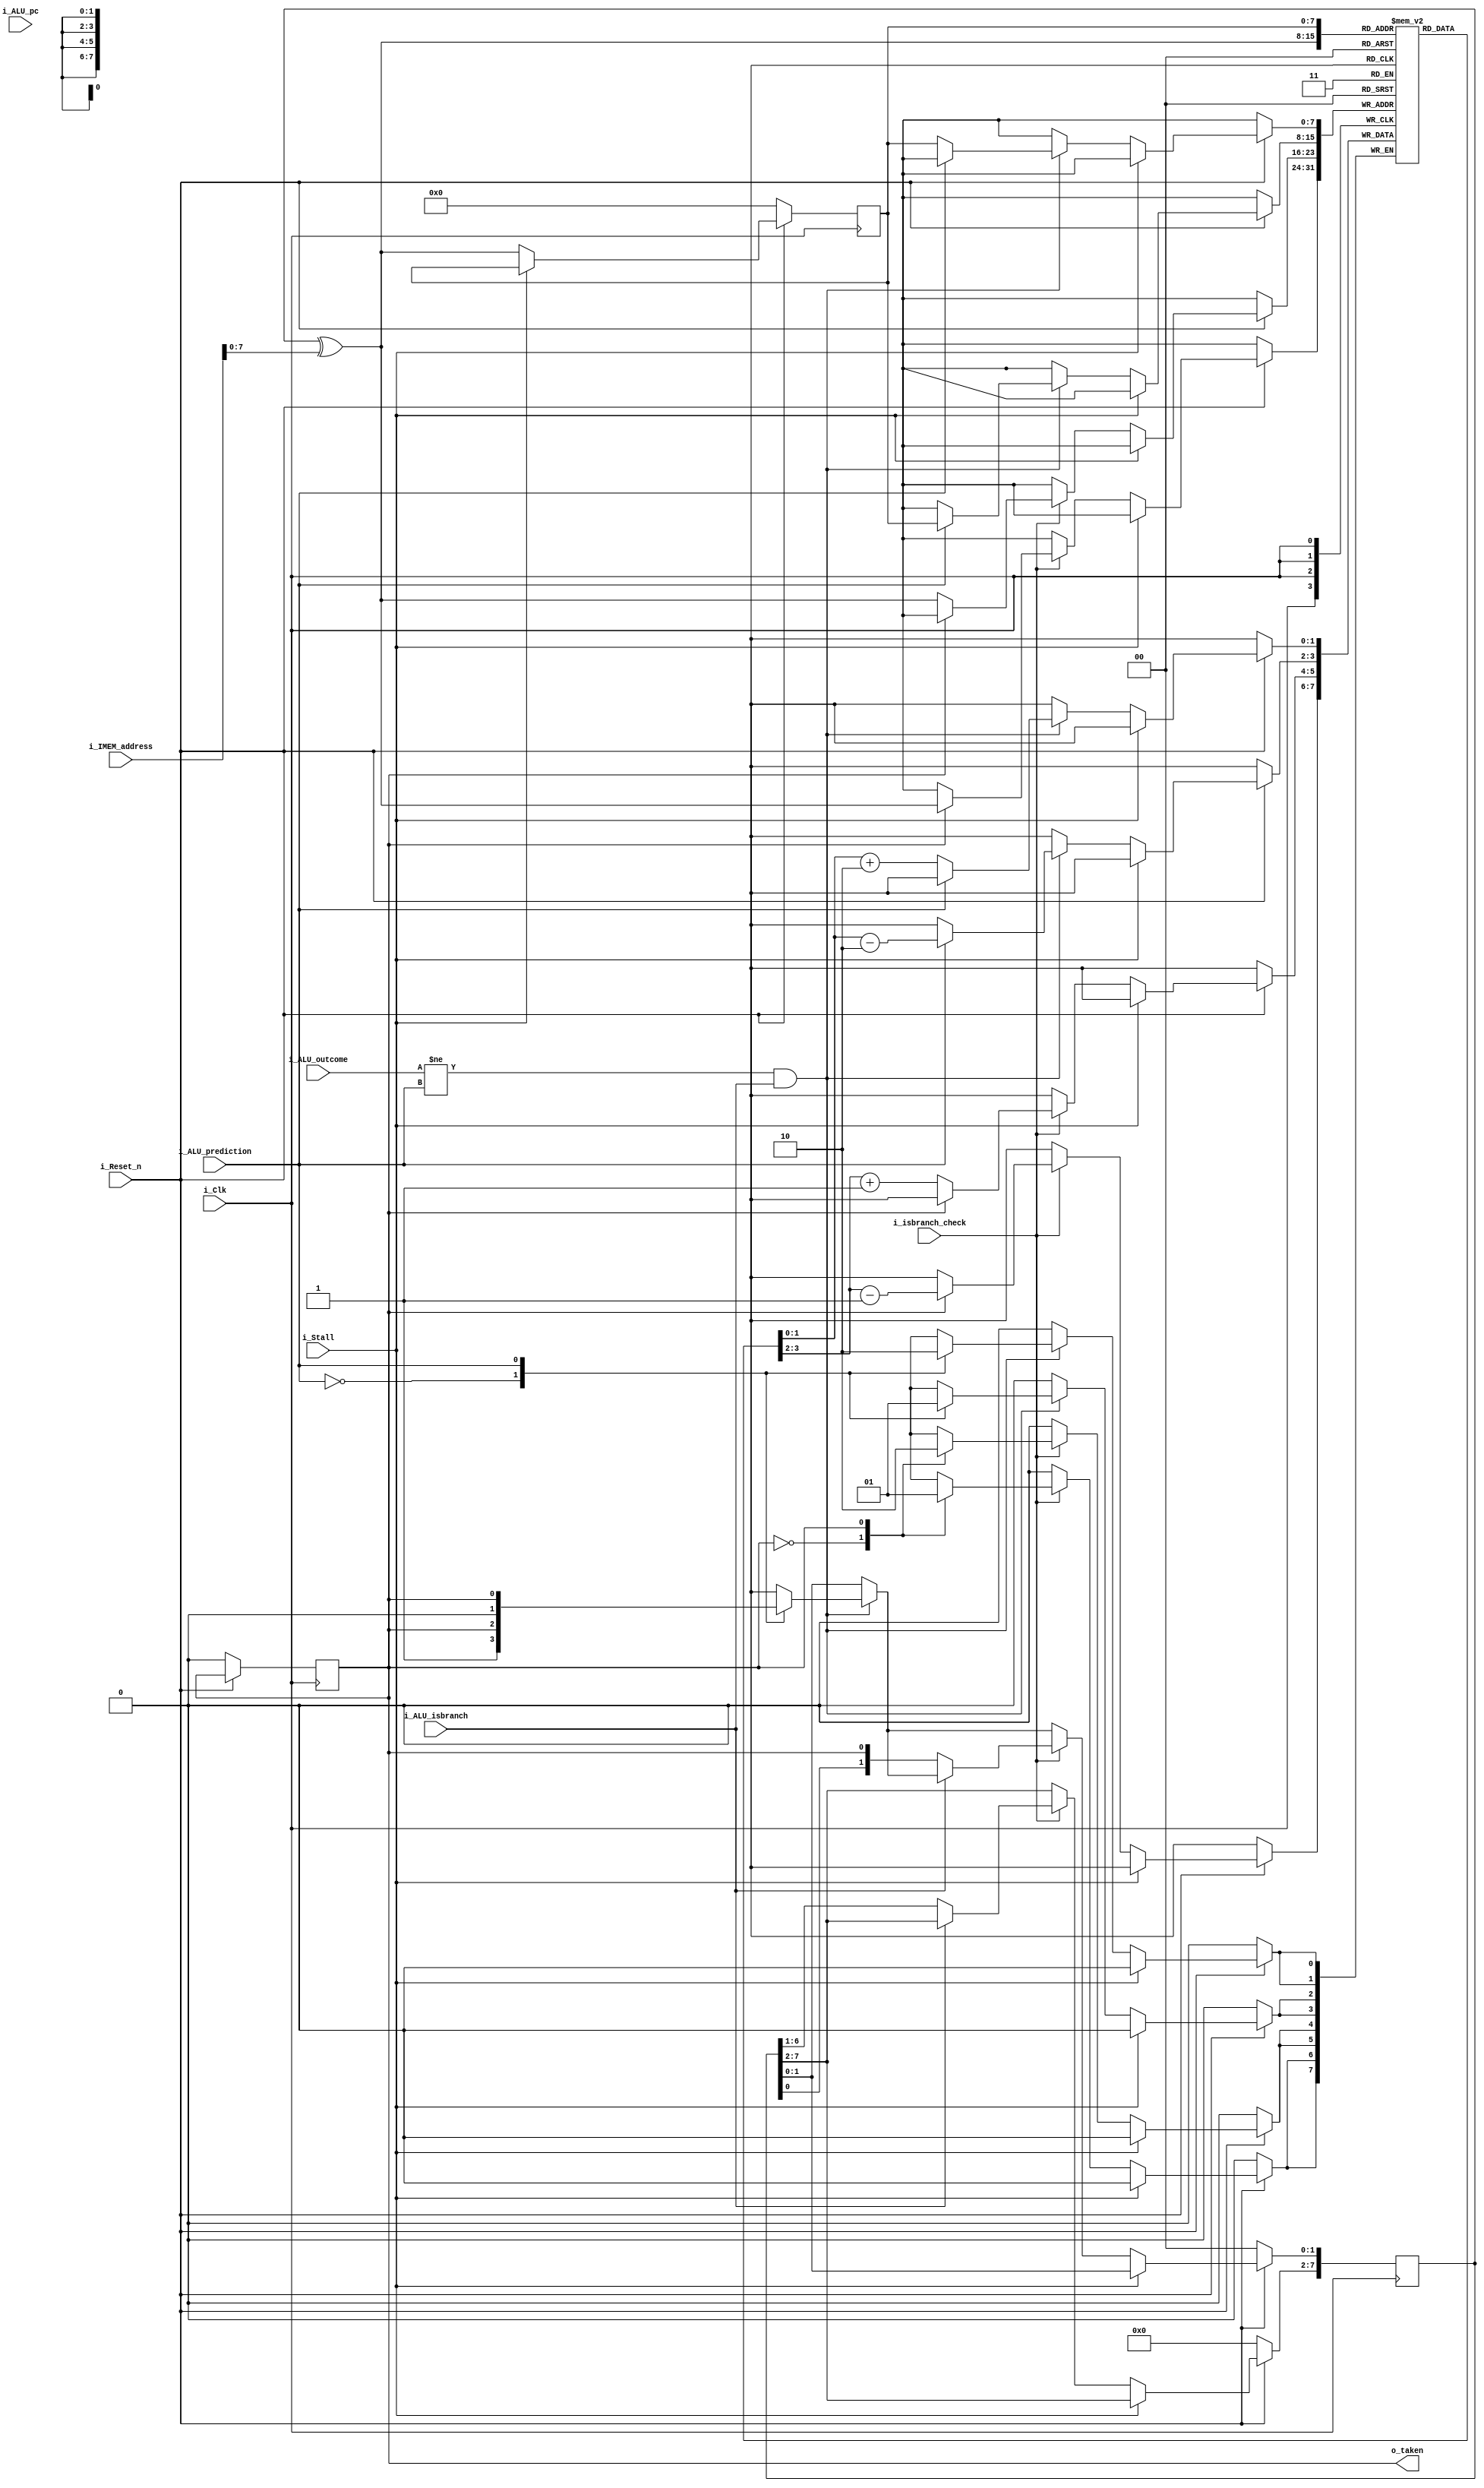
module branch_predictor#(
					parameter DATA_WIDTH = 32,
					parameter ADDRESS_WIDTH = 22,
					parameter GHR_SIZE = 8
				)
				(
					////Inputs from current stage
					input i_Clk,
					input [ADDRESS_WIDTH-1:0] i_IMEM_address,	//address in memory (for hash)

					////Inputs from ALU stage
					input i_isbranch_check,					//don't want to update tables for a non-branch
					input i_ALU_outcome,					//1 if taken 0 not taken (from ALU computation)
					input [ADDRESS_WIDTH-1:0] i_ALU_pc,			//pc from branch in ALU stage
					input i_ALU_isbranch,					//if inst in ALU stage is a branch
					input i_ALU_prediction,					//prediction for branch in ALU

					input i_Reset_n,
					input i_Stall,

					output reg o_taken						//prediction
				);

//-----Branch history table-----
reg [1:0] branch_history[0:(2**GHR_SIZE)-1];				//hash table for branch histories - 7 indexing bits

//-----GSHARE-----
reg [GHR_SIZE-1:0] GHR;										//shift register
wire [GHR_SIZE-1:0] gshare_index;
wire [1:0] gshare_counter;									//base bimodal counter
wire [1:0] GHR_index;
reg [GHR_SIZE-1:0] GHR_saved;								//holds GHR from last prediction
assign gshare_index = GHR[GHR_SIZE-1:0] ^ i_IMEM_address[GHR_SIZE-1:0];
assign gshare_counter = branch_history[gshare_index];		//holds bit that was shifted out, in case prediction was wrong

integer i;	//for loops

initial begin
	for(i=0; i<2**GHR_SIZE; i = i+1) begin
		branch_history[i] <= 2;
	end
	GHR <= 8'b11111111;
end

always @(posedge i_Clk)
begin
	if( !i_Reset_n )
	begin
		GHR <= 0;
		GHR_saved <= 0;
		o_taken <= 0;
	end
	else
	begin
		if(!i_Stall)
		begin
			//next save GHR XOR addr for indexing
			GHR_saved <= gshare_index;

			//then reconcile branch from 2 cycles ago
			if((i_ALU_outcome != i_ALU_prediction) && i_ALU_isbranch)
			begin
				case(i_ALU_prediction)
					0:
					begin
						branch_history[GHR_saved] <= branch_history[GHR_saved] + 2;		//+2 to compensate for incorrect -1
						GHR[1:0] <= {1'b1, gshare_counter[1]};								//shift in corrected old guess and current prediction
						end
					1:
					begin
						branch_history[GHR_saved] <= branch_history[GHR_saved] - 2;		//-2 to compensate for incorrect +1
						GHR[1:0] <= {1'b0, gshare_counter[1]};								//shift in corrected old guess and current prediction
					end
				endcase
			end

			if(i_isbranch_check)
			begin

				if(!i_ALU_isbranch)
				begin
					GHR <= {GHR[GHR_SIZE-2:0], gshare_counter[1]};							//shift in prediction
				end

				//update bimodal counter to reflect current branch
				case(gshare_counter[1])
					0:
					begin
							branch_history[gshare_index] <= branch_history[gshare_index] + 1;
					end
					1:
					begin
							branch_history[gshare_index] <= branch_history[gshare_index] - 1;
					end
				endcase
			end
		end
	end
end

//Drive output prediction
always@(*)
begin

		//first predict current branch
		o_taken = gshare_counter[1];

end
endmodule